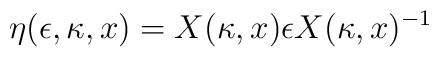
\eta (\epsilon, \kappa, x) = X (\kappa, x) \epsilon X (\kappa, x)^{-1}